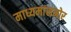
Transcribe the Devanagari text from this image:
माध्यमांसमोर